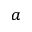
^ a